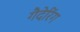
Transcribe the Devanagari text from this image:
गैदेरिंग